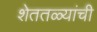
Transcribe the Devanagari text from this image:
शेततळ्यांची